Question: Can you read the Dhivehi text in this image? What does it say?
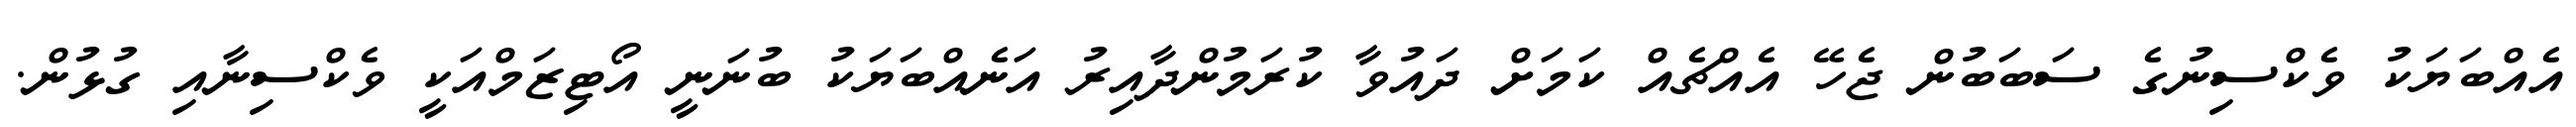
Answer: އެއްބަޔަކު ވެކްސިނުގެ ސަބަބުން ޖެހޭ އެއްޗެއް ކަމަށް ދައުވާ ކުރަމުންދާއިރު އަނެއްބަޔަކު ބުނަނީ އޯޓިޒަމްއަކީ ވެކްސިނާއި ގުޅުން.